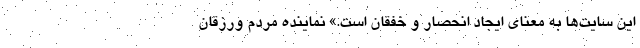
این سایت‌ها به معنای ایجاد انحصار و خفقان است.» نماینده مردم ورزقان